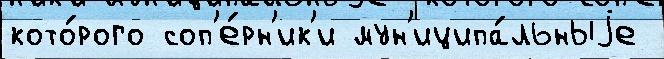
кото́рого соп'е́рн'ик'и мун'иципа́льныjе